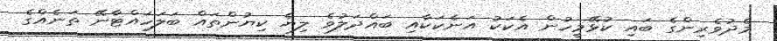
މެދުވެރިންގެ ބައި ކުޅޭމީހުން އެކަކު އަނެކަކާއި ބައްދަލުވެ ލިޔެ ކިޔުންތައް ބަލަހައްޓާނޭ ތަނެއްގެ